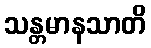
သန္တမာနသာတိ